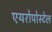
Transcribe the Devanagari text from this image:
एयरोपोस्टेल